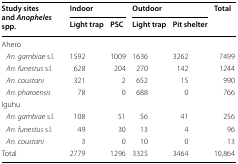
<table><thead><tr><td rowspan="2"><b>Study sites and <i>Anopheles</i> spp.</b></td><td colspan="2"><b>Indoor</b></td><td colspan="2"><b>Outdoor</b></td><td rowspan="2"><b>Total</b></td></tr><tr><td><b>Light trap</b></td><td><b>PSC</b></td><td><b>Light trap</b></td><td><b>Pit shelter</b></td></tr></thead><tbody><tr><td colspan="6">Ahero</td></tr><tr><td> <i>An. gambiae</i> s.l.</td><td>1592</td><td>1009</td><td>1636</td><td>3262</td><td>7499</td></tr><tr><td> <i>An. funestus</i> s.l.</td><td>628</td><td>204</td><td>270</td><td>142</td><td>1244</td></tr><tr><td> <i>An. coustani</i></td><td>321</td><td>2</td><td>652</td><td>15</td><td>990</td></tr><tr><td> <i>An. pharoensis</i></td><td>78</td><td>0</td><td>688</td><td>0</td><td>766</td></tr><tr><td colspan="6">Iguhu</td></tr><tr><td> <i>An. gambiae</i> s.l.</td><td>108</td><td>51</td><td>56</td><td>41</td><td>256</td></tr><tr><td> <i>An. funestus</i> s.l.</td><td>49</td><td>30</td><td>13</td><td>4</td><td>96</td></tr><tr><td> <i>An. coustani</i></td><td>3</td><td>0</td><td>10</td><td>0</td><td>13</td></tr><tr><td>Total</td><td>2779</td><td>1296</td><td>3325</td><td>3464</td><td>10,864</td></tr></tbody></table>